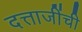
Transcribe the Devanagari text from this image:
दत्ताजींची